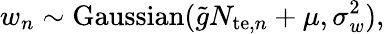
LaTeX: w_{n}\sim\mathrm{Gaussian}(\tilde{g}N_{\mathrm{te},n}+\mu,\sigma_{w}^{2}),